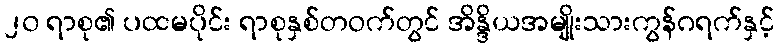
၂၀ ရာစု၏ ပထမပိုင်း ရာစုနှစ်တဝက်တွင် အိန္ဒိယအမျိုးသားကွန်ဂရက်နှင့်